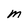
Character: M